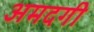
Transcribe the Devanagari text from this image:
अमदगी